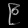
Digit: ၉